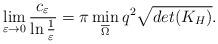
LaTeX: \begin{align*}\lim_{\varepsilon\to 0}\frac{c_\varepsilon}{\ln\frac{1}{\varepsilon}}=\pi \min\limits_{\overline{\Omega} }q^2\sqrt{det(K_H)}.\end{align*}